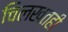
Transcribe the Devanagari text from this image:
चिलखतही